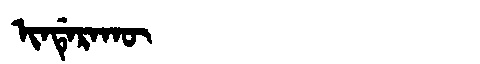
Manchu: ᡳᠨᡩᡝᡵᠠᡴᡡ
Romanization: INDERAKŪ